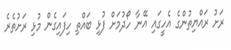
ރަށު ރައްޔިތުންގެ އެހީގައި އޭނާ ހޯދުމަށް ފުޅި ބައްތި ހިފައިގެން މުޅި ރަށުތެރެ